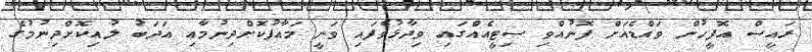
ރައީސް އޮފީހުން ވައްޑެއަށް ފޮނުއްވި ސިޓީއެއްގައި ވިދާޅުވެފައި ވަނީ މައާފުކޮށްދިނުމާއި އަދަބު ލުއިކޮށްދިނުމުގެ